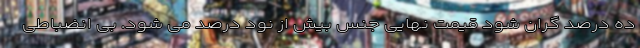
ده درصد گران شود قیمت نهایی جنس بیش از نود درصد می شود. بی انضباطی